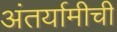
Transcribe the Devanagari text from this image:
अंतर्यामीची